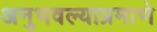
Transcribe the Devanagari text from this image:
अनुभवल्याप्रमाणे